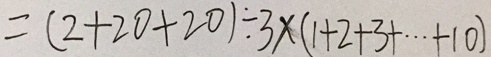
= ( 2 + 2 0 + 2 0 ) \div 3 \times ( 1 + 2 + 3 + \cdots + 1 0 )